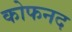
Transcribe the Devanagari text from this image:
कोफनद